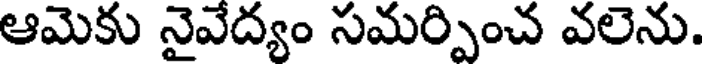
ఆమెకు నైవేద్యం సమర్పించ వలెను.